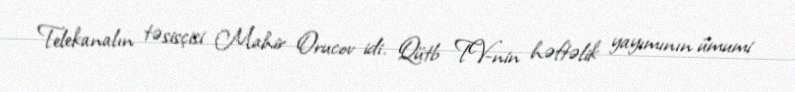
Telekanalın təsisçisi Mahir Orucov idi. Qütb TV-nin həftəlik yayımının ümumi